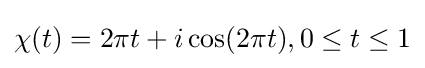
\chi (t)=2\pi t+i\cos(2\pi t),0\leq t\leq 1